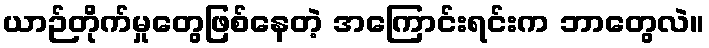
ယာဉ်တိုက်မှုတွေဖြစ်နေတဲ့ အကြောင်းရင်းက ဘာတွေလဲ။